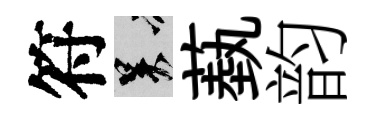
符吴蓺韵